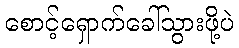
စောင့်ရှောက်ခေါ်သွားဖို့ပဲ